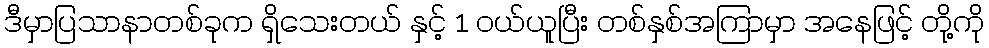
ဒီမှာပြသာနာတစ်ခုက ရှိသေးတယ် နှင့် 1 ဝယ်ယူပြီး တစ်နှစ်အကြာမှာ အနေဖြင့် တို့ကို